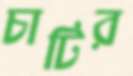
চাটির